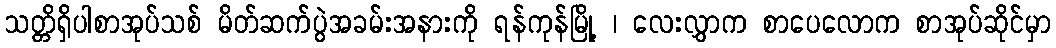
သတ္တိရှိပါစာအုပ်သစ် မိတ်ဆက်ပွဲအခမ်းအနားကို ရန်ကုန်မြို့ ၊ လေးလွှာက စာပေလောက စာအုပ်ဆိုင်မှာ